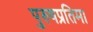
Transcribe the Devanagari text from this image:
पुरुषप्रतिमा